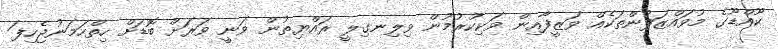
ކޫއްޑޫގެ މުވައްޒަފުންތަކެއް ވަޒީފާއިން ވަކިކުރުމުން ވިލިނގިލީ ރައްޔިތުން ވަނީ ވަރަށް ބޮޑަށް ހިތްހަމަނުޖެހިފަ